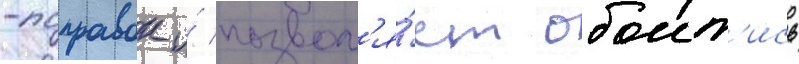
-поправок и́ позвол'я́ет обоит'ись